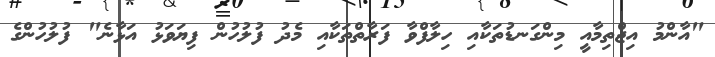
"އާންމު އިޖްތިމާއީ މިންގަނޑުތަކާއި ހިލާފްވާ ފަރާތްތަކާއި މެދު ފުލުހުން ފިޔަވަޅު އަޅާނެ" ފުލުހުންގެ